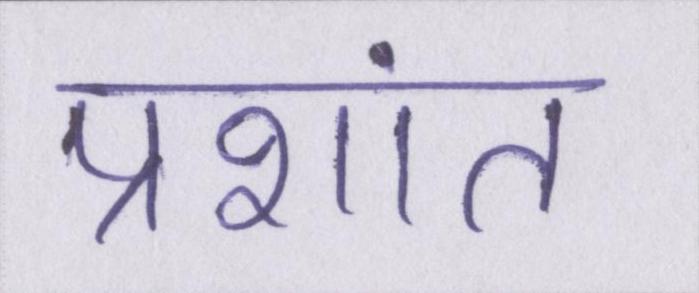
प्रशांत